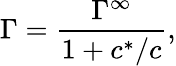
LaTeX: \Gamma=\frac{\Gamma^{\infty}}{1+c^{*}/c},